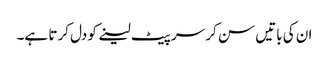
ان کی باتیں سن کر سر پیٹ لینے کو دل کرتا ہے۔